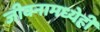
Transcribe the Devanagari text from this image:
जीवनामध्येही